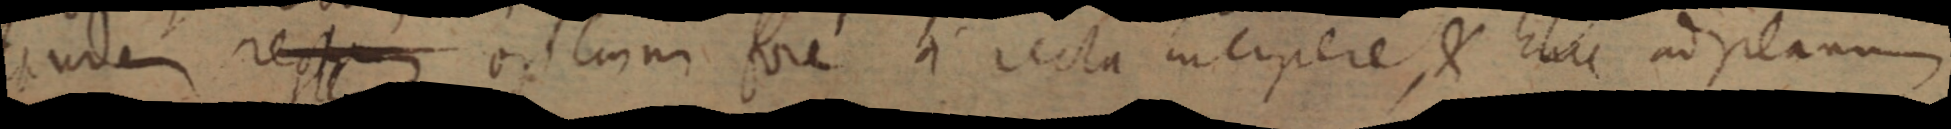
unde rectam _ fore a recta incipere, & hinc ad planum